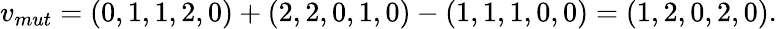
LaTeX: v_{mut}=(0,1,1,2,0)+(2,2,0,1,0)-(1,1,1,0,0)=(1,2,0,2,0).